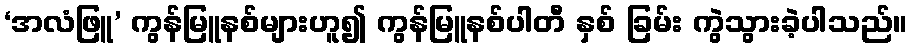
‘အလံဖြူ’ ကွန်မြူနစ်များဟူ၍ ကွန်မြူနစ်ပါတီ နှစ် ခြမ်း ကွဲသွားခဲ့ပါသည်။